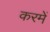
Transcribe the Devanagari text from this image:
करमें